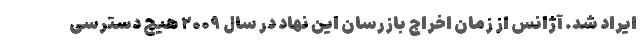
ایراد شد. آژانس از زمان اخراج بازرسان این نهاد در سال ۲۰۰۹ هیچ دسترسی